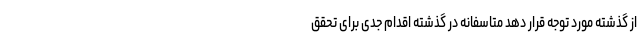
از گذشته مورد توجه قرار دهد متاسفانه در گذشته اقدام جدی برای تحقق